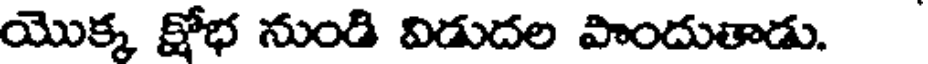
యొక్క క్షోభ నుండి విడుదల పొందుతాడు.